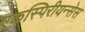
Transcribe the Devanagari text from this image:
एकस्पिरीयन्सेस